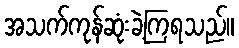
အသက်ကုန်ဆုံးခဲ့ကြရသည်။